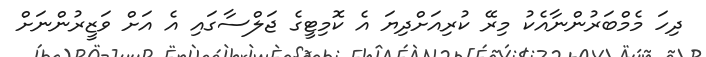
ދިހަ މެމްބަރުންނާއެކު މިރޭ ކުރިއަށްދިޔަ އެ ކޮމިޓީގެ ޖަލްސާގައި އެ އަށް ވަޒީރުންނަށް